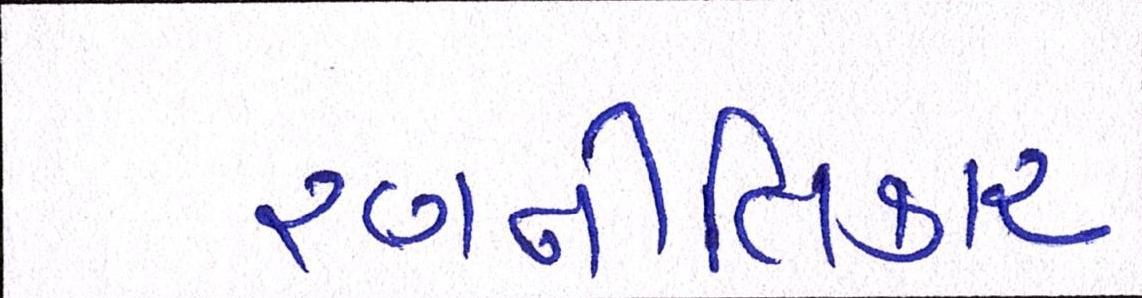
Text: રણનીતિકાર